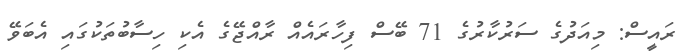
ރައީސް: މިއަދުގެ ސަރުކާރުގެ 71 ބޭސް ފިހާރައެއް ރާއްޖޭގެ އެކި ހިސާބުތަކުގައި އެބަވޭ